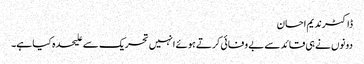
ڈاکٹرندیم احسان
دونوں نے ہی قائد سے بے وفائی کرتے ہوئے انہیں تحریک سے علیحدہ کیا ہے۔